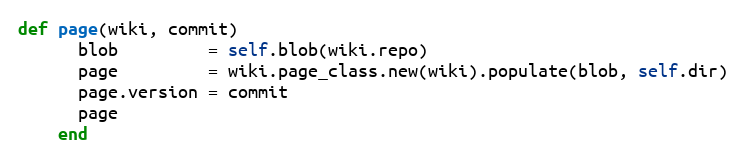
Language: Ruby
def page(wiki, commit)
      blob         = self.blob(wiki.repo)
      page         = wiki.page_class.new(wiki).populate(blob, self.dir)
      page.version = commit
      page
    end